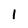
Character: l